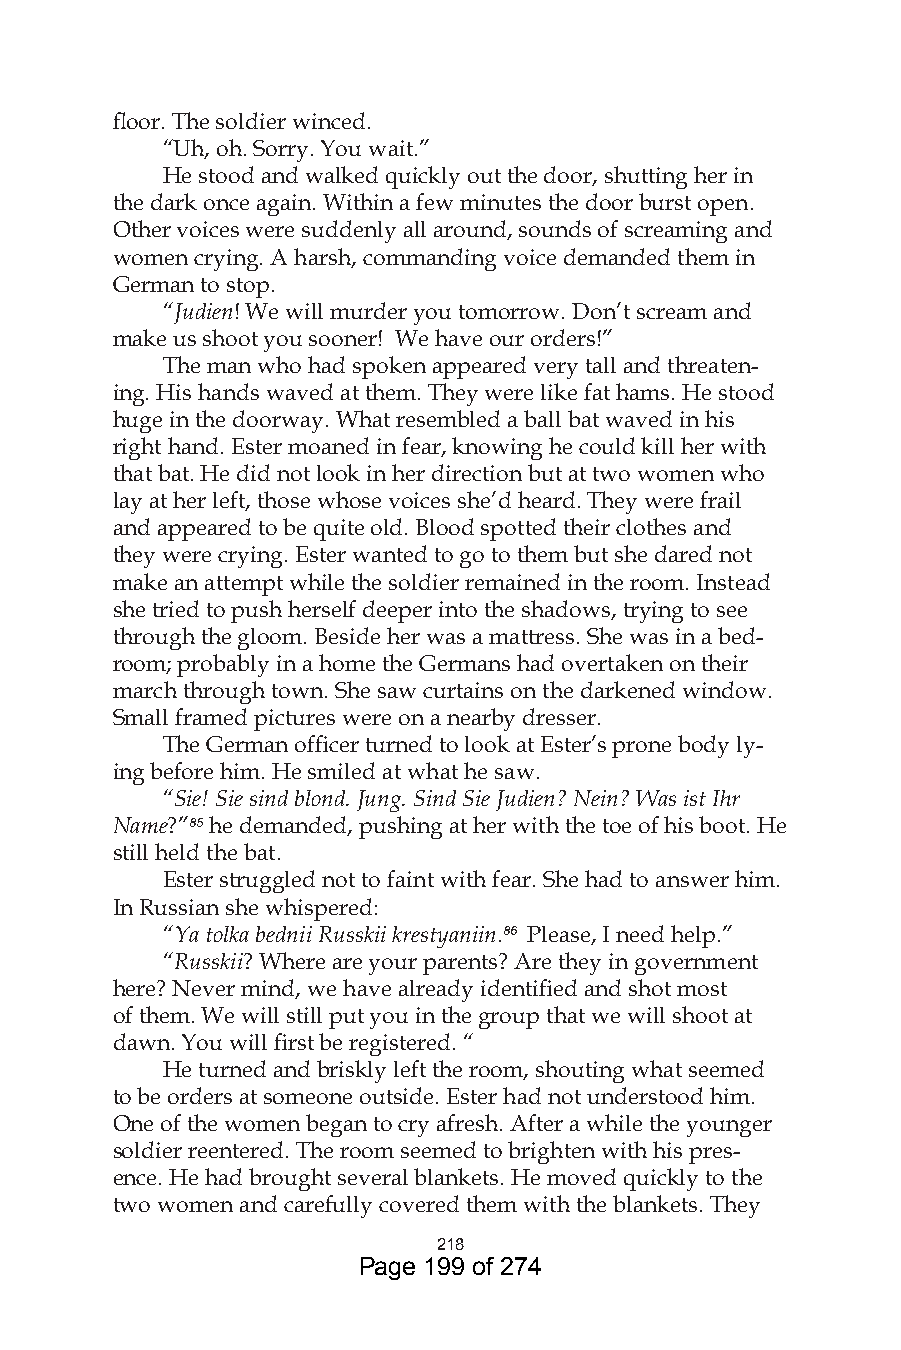
floor. The soldier winced.
 “Uh, oh. Sorry. You wait.”
 He stood and walked quickly out the door, shutting her in
 the dark once again. Within a few minutes the door burst open.
 Other voices were suddenly all around, sounds of screaming and
 women crying. A harsh, commanding voice demanded them in
 German to stop.
 “Judien! We will murder you tomorrow. Don’t scream and
 make us shoot you sooner! We have our orders!”
 The man who had spoken appeared very tall and threaten-
 ing. His hands waved at them. They were like fat hams. He stood
 huge in the doorway. What resembled a ball bat waved in his
 right hand. Ester moaned in fear, knowing he could kill her with
 that bat. He did not look in her direction but at two women who
 lay at her left, those whose voices she’d heard. They were frail
 and appeared to be quite old. Blood spotted their clothes and
 they were crying. Ester wanted to go to them but she dared not
 make an attempt while the soldier remained in the room. Instead
 she tried to push herself deeper into the shadows, trying to see
 through the gloom. Beside her was a mattress. She was in a bed-
 room; probably in a home the Germans had overtaken on their
 march through town. She saw curtains on the darkened window.
 Small framed pictures were on a nearby dresser.
 The German officer turned to look at Ester’s prone body ly-
 ing before him. He smiled at what he saw.
 “Sie! Sie sind blond. Jung. Sind Sie Judien? Nein? Was ist Ihr
 Name?”85 he demanded, pushing at her with the toe of his boot. He
 still held the bat.
 Ester struggled not to faint with fear. She had to answer him.
 In Russian she whispered:
 “Ya tolka bednii Russkii krestyaniin.86 Please, I need help.”
 “Russkii? Where are your parents? Are they in government
 here? Never mind, we have already identified and shot most
 of them. We will still put you in the group that we will shoot at
 dawn. You will first be registered. “
 He turned and briskly left the room, shouting what seemed
 to be orders at someone outside. Ester had not understood him.
 One of the women began to cry afresh. After a while the younger
 soldier reentered. The room seemed to brighten with his pres-
 ence. He had brought several blankets. He moved quickly to the
 two women and carefully covered them with the blankets. They
 8
 Page 199 of 274